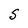
Character: S